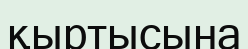
қыртысына